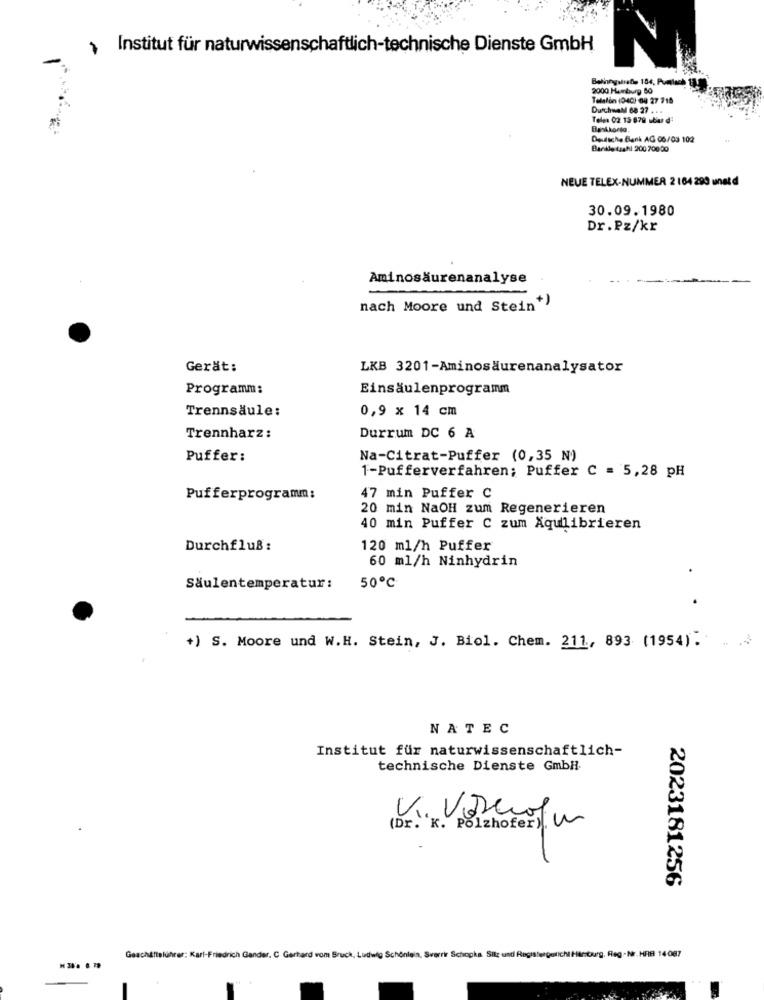
Institut für naturwissenschaftlich-technische Dienste GmbH
2000 Humburg 60
Telefon (04C) 64 27 718
DurchweM 68 27 . ..
Telsa 02 13 679 uber d'
Bankkonto
Deutsche Bank AG 06/03 102
Barile trahi 200 700 00
NEUE TELEX-NUMMER 2 164 299 unatd
30.09.1980
Dr.Pz/kr
Aminosäurenanalyse
nach Moore und Stein+)
Gerät:
LKB 3201-Aminosäurenanalysator
Programm:
Einsäulenprogramm
Trennsäule:
0,9 x 14 cm
Trennharz :
Durrum DC 6 A
Puffer:
Na-Citrat-Puffer (0,35 N)
1-Pufferverfahren; Puffer C = 5,28 pH
Pufferprogramm:
47 min Puffer C
20 min NaOH zum Regenerieren
40 min Puffer C zum Aqulibrieren
Durchfluß:
120 ml/h Puffer
60 ml/h Ninhydrin
Säulentemperatur:
50℃
+) S. Moore und W.H. Stein, J. Biol. Chem. 211, 893 (1954).
NATEC
Institut für naturwissenschaftlich-
technische Dienste GmbH.
(Dr. 'K. Polzhofer).
2023181256
Geschäftsführer; Karl-Friedrich Gander. C. Gerhard vom Bruch, Ludwig Schonlein, Sverrir Schogka. Sitz und Registergericht Hanburg. Reg .Nr. HRB 14 087
..